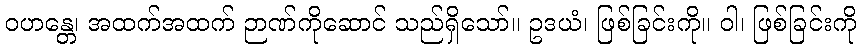
ဝဟန္တေ၊ အထက်အထက် ဉာဏ်ကိုဆောင် သည်ရှိသော်။ ဥဒယံ၊ ဖြစ်ခြင်းကို။ ဝါ၊ ဖြစ်ခြင်းကို